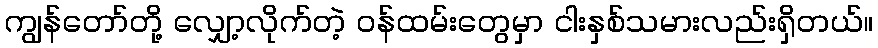
ကျွန်တော်တို့ လျှော့လိုက်တဲ့ ဝန်ထမ်းတွေမှာ ငါးနှစ်သမားလည်းရှိတယ်။